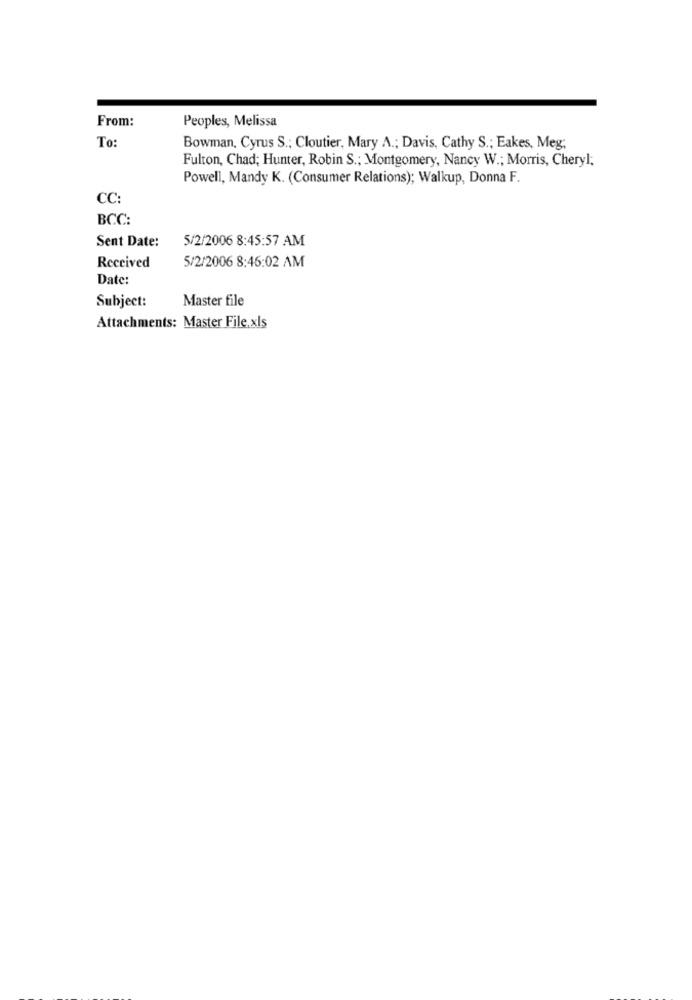
From:
Peoples, Melissa
To
Bowman, Cyrus S .; Cloutier, Mary A .; Davis, Cathy S .; Eakes, Meg;
Fulton, Chad; Hunter, Robin S .; Montgomery, Nancy W .; Morris, Cheryl;
Powell, Mandy K. (Consumer Relations); Walkup, Donna F.
CC:
BCC:
5/2/2006 8:45:57 AM
Sent Date:
5/2/2006 8:46:02 AM
Received
Date:
Subject:
Master file
Attachments: Master File. xls